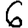
Digit: 6